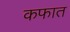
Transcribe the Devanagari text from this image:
कफात